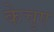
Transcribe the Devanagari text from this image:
केचुए